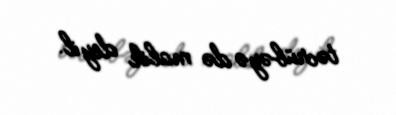
təcrübəyə də malik deyil.